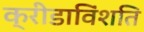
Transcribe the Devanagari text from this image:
क्रीडाविंशति